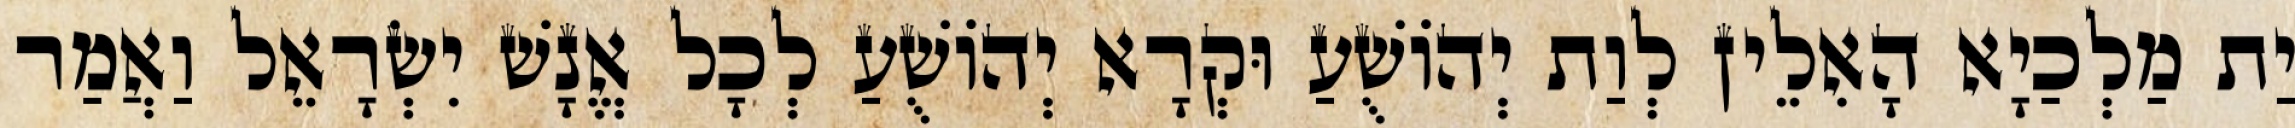
יַת מַלְכַיָא הָאִלֵין לְוַת יְהוֹשֻׁעַ וּקְרָא יְהוֹשֻׁעַ לְכָל אֱנָשׁ יִשְׂרָאֵל וַאֲמַר